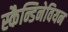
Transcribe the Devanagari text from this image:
स्कैन्डिनेवियन